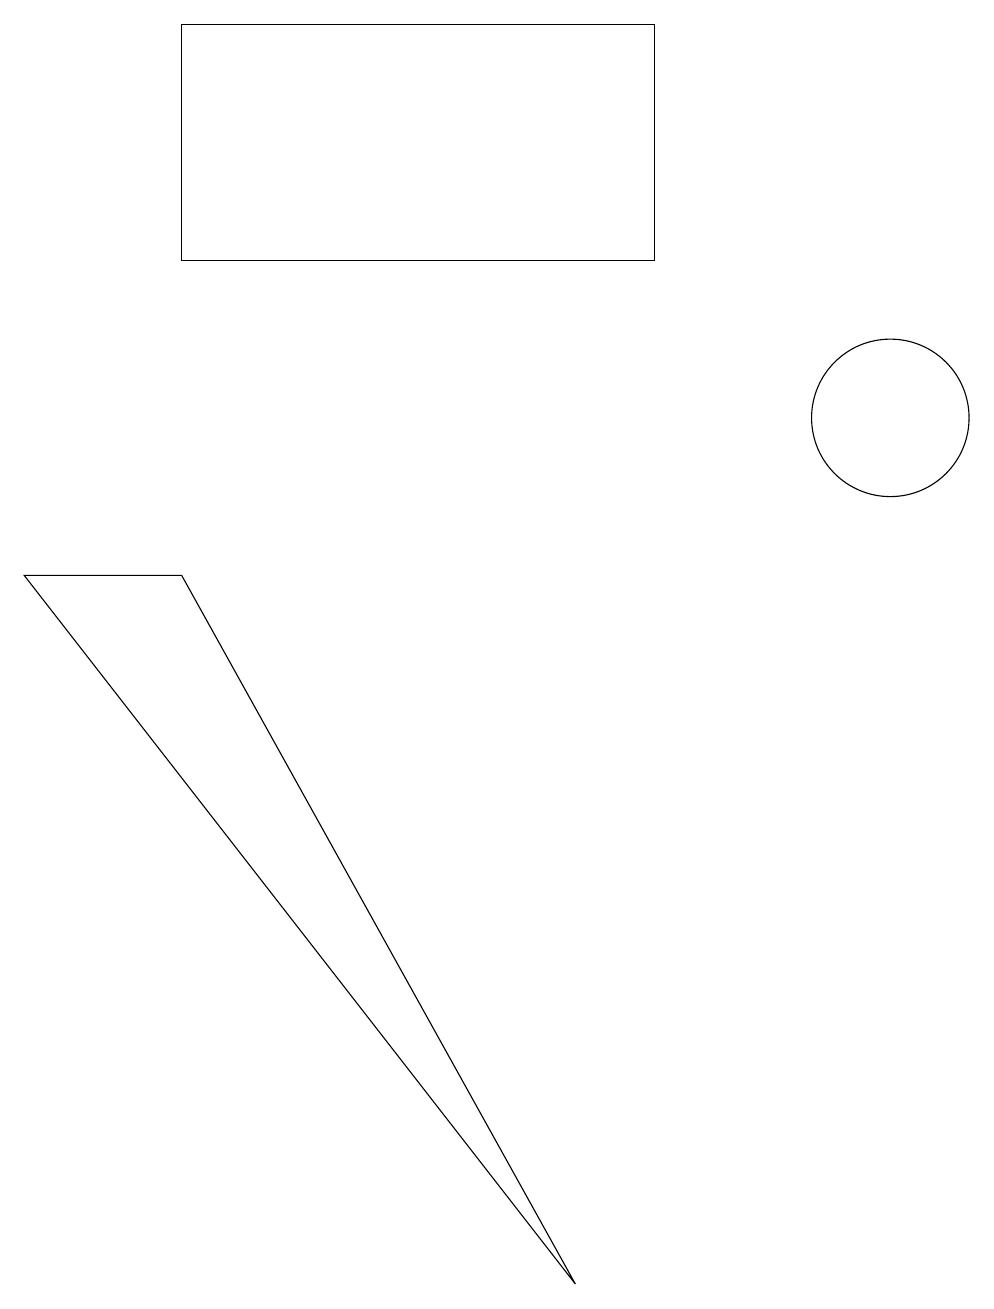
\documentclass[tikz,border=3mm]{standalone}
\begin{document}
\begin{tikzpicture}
\draw (11,11) circle (1);
\draw (2,16) rectangle (8,13);
\draw (2,9) -- (0,9) -- (7,0) -- cycle;
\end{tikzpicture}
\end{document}